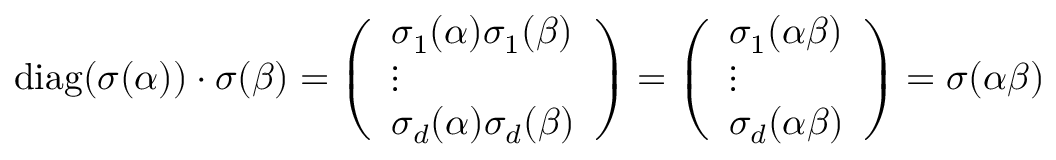
\operatorname { d i a g } ( \boldsymbol { \sigma } ( \alpha ) ) \cdot \boldsymbol { \sigma } ( \beta ) = \left( \begin{array} { l } { \sigma _ { 1 } ( \alpha ) \sigma _ { 1 } ( \beta ) } \\ { \vdots } \\ { \sigma _ { d } ( \alpha ) \sigma _ { d } ( \beta ) } \end{array} \right) = \left( \begin{array} { l } { \sigma _ { 1 } ( \alpha \beta ) } \\ { \vdots } \\ { \sigma _ { d } ( \alpha \beta ) } \end{array} \right) = \boldsymbol { \sigma } ( \alpha \beta )